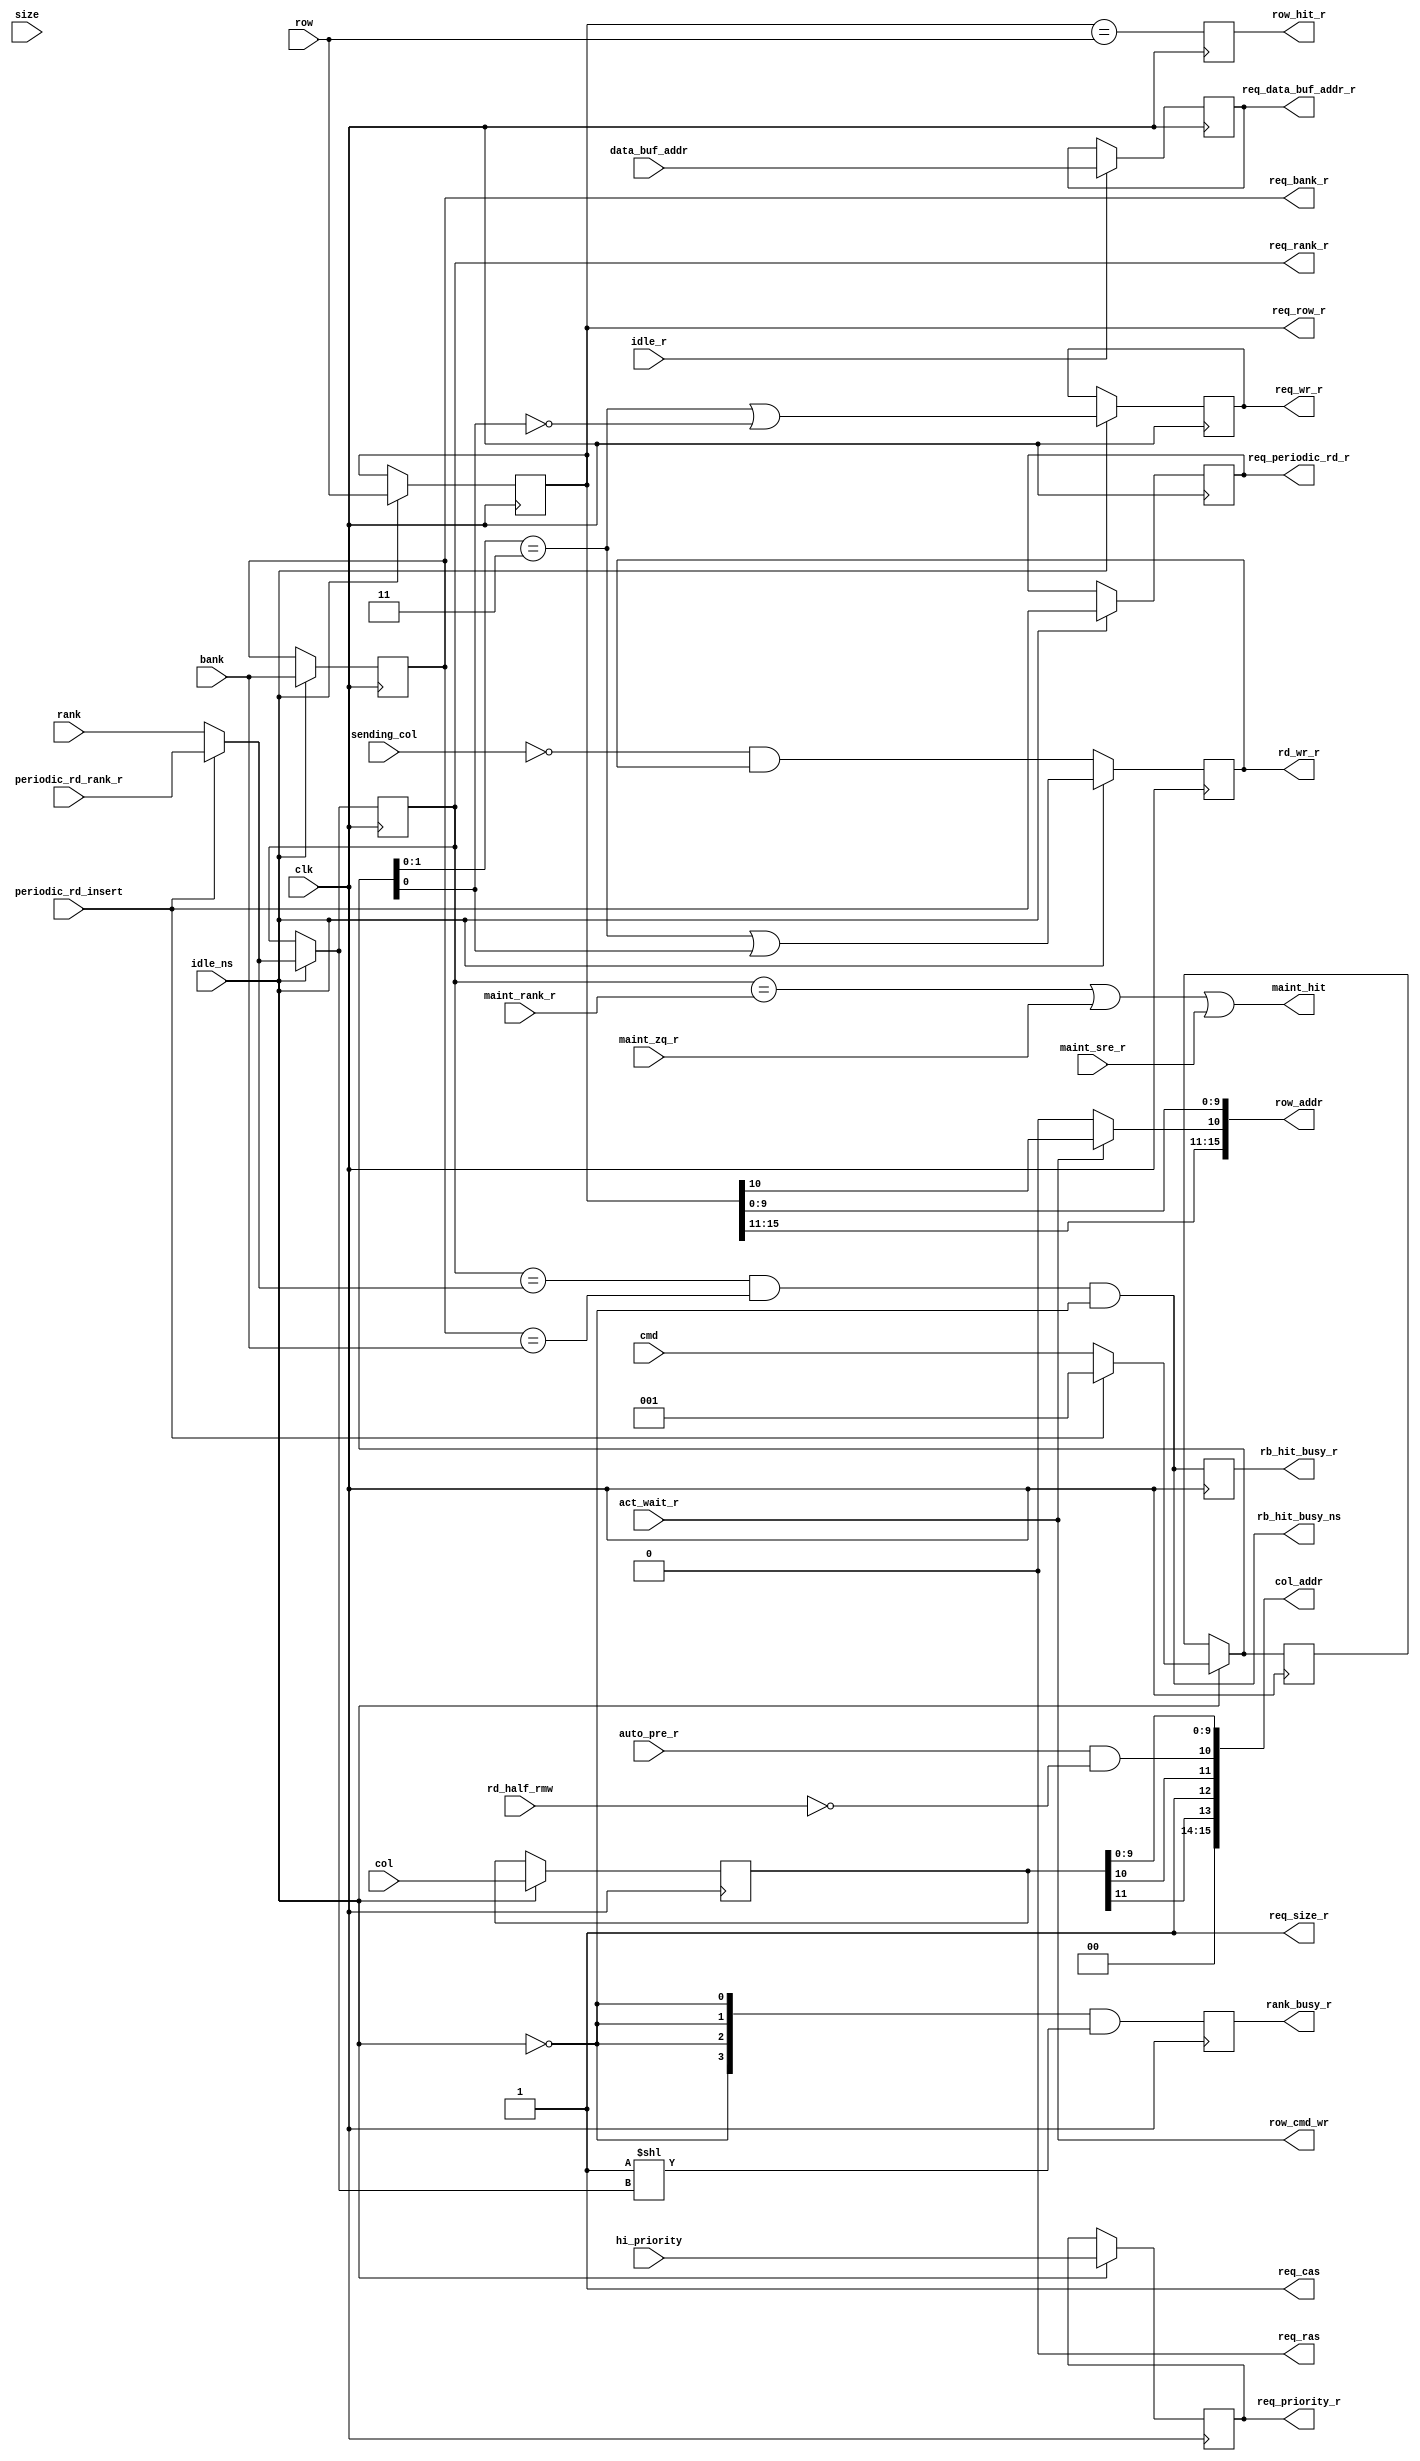
//*****************************************************************************
// (c) Copyright 2008 - 2013 Xilinx, Inc. All rights reserved.
//
// This file contains confidential and proprietary information
// of Xilinx, Inc. and is protected under U.S. and
// international copyright and other intellectual property
// laws.
//
// DISCLAIMER
// This disclaimer is not a license and does not grant any
// rights to the materials distributed herewith. Except as
// otherwise provided in a valid license issued to you by
// Xilinx, and to the maximum extent permitted by applicable
// law: (1) THESE MATERIALS ARE MADE AVAILABLE "AS IS" AND
// WITH ALL FAULTS, AND XILINX HEREBY DISCLAIMS ALL WARRANTIES
// AND CONDITIONS, EXPRESS, IMPLIED, OR STATUTORY, INCLUDING
// BUT NOT LIMITED TO WARRANTIES OF MERCHANTABILITY, NON-
// INFRINGEMENT, OR FITNESS FOR ANY PARTICULAR PURPOSE; and
// (2) Xilinx shall not be liable (whether in contract or tort,
// including negligence, or under any other theory of
// liability) for any loss or damage of any kind or nature
// related to, arising under or in connection with these
// materials, including for any direct, or any indirect,
// special, incidental, or consequential loss or damage
// (including loss of data, profits, goodwill, or any type of
// loss or damage suffered as a result of any action brought
// by a third party) even if such damage or loss was
// reasonably foreseeable or Xilinx had been advised of the
// possibility of the same.
//
// CRITICAL APPLICATIONS
// Xilinx products are not designed or intended to be fail-
// safe, or for use in any application requiring fail-safe
// performance, such as life-support or safety devices or
// systems, Class III medical devices, nuclear facilities,
// applications related to the deployment of airbags, or any
// other applications that could lead to death, personal
// injury, or severe property or environmental damage
// (individually and collectively, "Critical
// Applications"). Customer assumes the sole risk and
// liability of any use of Xilinx products in Critical
// Applications, subject only to applicable laws and
// regulations governing limitations on product liability.
//
// THIS COPYRIGHT NOTICE AND DISCLAIMER MUST BE RETAINED AS
// PART OF THIS FILE AT ALL TIMES.
//
//*****************************************************************************
//   ____  ____
//  /   /\/   /
// /___/  \  /    Vendor                : Xilinx
// \   \   \/     Version               : %version
//  \   \         Application           : MIG
//  /   /         Filename              : bank_compare.v
// /___/   /\     Date Last Modified    : $date$
// \   \  /  \    Date Created          : Tue Jun 30 2009
//  \___\/\___\
//
//Device            : 7-Series
//Design Name       : DDR3 SDRAM
//Purpose           :
//Reference         :
//Revision History  :
//*****************************************************************************

// This block stores the request for this bank machine.
//
// All possible new requests are compared against the request stored
// here.  The compare results are shared with the bank machines and
// is used to determine where to enqueue a new request.

`timescale 1ps/1ps

module mig_7series_v4_1_bank_compare #
  (parameter BANK_WIDTH               = 3,
   parameter TCQ = 100,
   parameter BURST_MODE               = "8",
   parameter COL_WIDTH                = 12,
   parameter DATA_BUF_ADDR_WIDTH      = 8,
   parameter ECC                      = "OFF",
   parameter RANK_WIDTH               = 2,
   parameter RANKS                    = 4,
   parameter ROW_WIDTH                = 16)
  (/*AUTOARG*/
  // Outputs
  req_data_buf_addr_r, req_periodic_rd_r, req_size_r, rd_wr_r,
  req_rank_r, req_bank_r, req_row_r, req_wr_r, req_priority_r,
  rb_hit_busy_r, rb_hit_busy_ns, row_hit_r, maint_hit, col_addr,
  req_ras, req_cas, row_cmd_wr, row_addr, rank_busy_r,
  // Inputs
  clk, idle_ns, idle_r, data_buf_addr, periodic_rd_insert, size, cmd,
  sending_col, rank, periodic_rd_rank_r, bank, row, col, hi_priority,
  maint_rank_r, maint_zq_r, maint_sre_r, auto_pre_r, rd_half_rmw, act_wait_r
  );

  input clk;

  input idle_ns;
  input idle_r;

  input [DATA_BUF_ADDR_WIDTH-1:0]data_buf_addr;
  output reg [DATA_BUF_ADDR_WIDTH-1:0] req_data_buf_addr_r;
  wire [DATA_BUF_ADDR_WIDTH-1:0] req_data_buf_addr_ns =
                                   idle_r
                                     ? data_buf_addr
                                     : req_data_buf_addr_r;
  always @(posedge clk) req_data_buf_addr_r <= #TCQ req_data_buf_addr_ns;

  input periodic_rd_insert;

  reg req_periodic_rd_r_lcl;
  wire req_periodic_rd_ns = idle_ns
                             ? periodic_rd_insert
                             : req_periodic_rd_r_lcl;
  always @(posedge clk) req_periodic_rd_r_lcl <= #TCQ req_periodic_rd_ns;
  output wire req_periodic_rd_r;
  assign req_periodic_rd_r = req_periodic_rd_r_lcl;

  input size;
  wire req_size_r_lcl;
  generate
    if (BURST_MODE == "4") begin : burst_mode_4
      assign req_size_r_lcl = 1'b0;
    end
    else
      if (BURST_MODE == "8") begin : burst_mode_8
        assign req_size_r_lcl = 1'b1;
      end
      else
        if (BURST_MODE == "OTF") begin : burst_mode_otf
          reg req_size;
          wire req_size_ns = idle_ns
                                 ? (periodic_rd_insert || size)
                                 : req_size;
          always @(posedge clk) req_size <= #TCQ req_size_ns;
          assign req_size_r_lcl = req_size;
        end
  endgenerate
  output wire req_size_r;
  assign req_size_r = req_size_r_lcl;



  input [2:0] cmd;
  reg [2:0] req_cmd_r;
  wire [2:0] req_cmd_ns = idle_ns
                            ? (periodic_rd_insert ? 3'b001 : cmd)
                            : req_cmd_r;
   
  always @(posedge clk) req_cmd_r <= #TCQ req_cmd_ns;

`ifdef MC_SVA
  rd_wr_only_wo_ecc: assert property
    (@(posedge clk) ((ECC != "OFF") || idle_ns || ~|req_cmd_ns[2:1]));
`endif
  
  input sending_col;
  reg rd_wr_r_lcl;
  wire rd_wr_ns = idle_ns 
                    ? ((req_cmd_ns[1:0] == 2'b11) || req_cmd_ns[0])
                    : ~sending_col && rd_wr_r_lcl;
  always @(posedge clk) rd_wr_r_lcl <= #TCQ rd_wr_ns;
  output wire rd_wr_r;
  assign rd_wr_r = rd_wr_r_lcl;

  input [RANK_WIDTH-1:0] rank;
  input [RANK_WIDTH-1:0] periodic_rd_rank_r;
  reg [RANK_WIDTH-1:0] req_rank_r_lcl = {RANK_WIDTH{1'b0}};
  reg [RANK_WIDTH-1:0] req_rank_ns = {RANK_WIDTH{1'b0}};
  generate
    if (RANKS != 1) begin
      always @(/*AS*/idle_ns or periodic_rd_insert
               or periodic_rd_rank_r or rank or req_rank_r_lcl) req_rank_ns = idle_ns
                                  ? periodic_rd_insert
                                      ? periodic_rd_rank_r
                                      : rank
                                  : req_rank_r_lcl;
      always @(posedge clk) req_rank_r_lcl <= #TCQ req_rank_ns;
    end
  endgenerate
  output wire [RANK_WIDTH-1:0] req_rank_r;
  assign req_rank_r = req_rank_r_lcl;

  input [BANK_WIDTH-1:0] bank;
  reg [BANK_WIDTH-1:0] req_bank_r_lcl;
  wire [BANK_WIDTH-1:0] req_bank_ns = idle_ns ? bank : req_bank_r_lcl;
  always @(posedge clk) req_bank_r_lcl <= #TCQ req_bank_ns;
  output wire[BANK_WIDTH-1:0] req_bank_r;
  assign req_bank_r = req_bank_r_lcl;

  input [ROW_WIDTH-1:0] row;
  reg [ROW_WIDTH-1:0] req_row_r_lcl;
  wire [ROW_WIDTH-1:0] req_row_ns = idle_ns ? row : req_row_r_lcl;
  always @(posedge clk) req_row_r_lcl <= #TCQ req_row_ns;
  output wire [ROW_WIDTH-1:0] req_row_r;
  assign req_row_r = req_row_r_lcl;

  // Make req_col_r as wide as the max row address.  This
  // makes it easier to deal with indexing different column widths.
  input [COL_WIDTH-1:0] col;
  reg [15:0] req_col_r = 16'b0;
  wire [COL_WIDTH-1:0] req_col_ns = idle_ns ? col : req_col_r[COL_WIDTH-1:0];
  always @(posedge clk) req_col_r[COL_WIDTH-1:0] <= #TCQ req_col_ns;

  reg req_wr_r_lcl;
  wire req_wr_ns = idle_ns 
                    ? ((req_cmd_ns[1:0] == 2'b11) || ~req_cmd_ns[0])
                    : req_wr_r_lcl;
  always @(posedge clk) req_wr_r_lcl <= #TCQ req_wr_ns;
  output wire req_wr_r;
  assign req_wr_r = req_wr_r_lcl;

  input hi_priority;
  output reg req_priority_r;
  wire req_priority_ns = idle_ns ? hi_priority : req_priority_r;
  always @(posedge clk) req_priority_r <= #TCQ req_priority_ns;

  wire rank_hit = (req_rank_r_lcl == (periodic_rd_insert
                                       ? periodic_rd_rank_r
                                       : rank));
  wire bank_hit = (req_bank_r_lcl == bank);
  wire rank_bank_hit = rank_hit && bank_hit;

  output reg rb_hit_busy_r;       // rank-bank hit on non idle row machine
  wire  rb_hit_busy_ns_lcl;
  assign rb_hit_busy_ns_lcl = rank_bank_hit && ~idle_ns;
  output wire  rb_hit_busy_ns;
  assign rb_hit_busy_ns = rb_hit_busy_ns_lcl;

  wire row_hit_ns = (req_row_r_lcl == row);
  output reg row_hit_r;

  always @(posedge clk) rb_hit_busy_r <= #TCQ rb_hit_busy_ns_lcl;
  always @(posedge clk) row_hit_r <= #TCQ row_hit_ns;

  input [RANK_WIDTH-1:0] maint_rank_r;
  input maint_zq_r;
  input maint_sre_r;
  output wire maint_hit;
  assign maint_hit = (req_rank_r_lcl == maint_rank_r) || maint_zq_r || maint_sre_r;

// Assemble column address.  Structure to be the same
// width as the row address.  This makes it easier
// for the downstream muxing.  Depending on the sizes
// of the row and column addresses, fill in as appropriate.
  input auto_pre_r;
  input rd_half_rmw;
  reg [15:0] col_addr_template = 16'b0;
  always @(/*AS*/auto_pre_r or rd_half_rmw or req_col_r
           or req_size_r_lcl) begin
    col_addr_template = req_col_r;
    col_addr_template[10] = auto_pre_r && ~rd_half_rmw;
    col_addr_template[11] = req_col_r[10];
    col_addr_template[12] = req_size_r_lcl;
    col_addr_template[13] = req_col_r[11];
  end
  output wire [ROW_WIDTH-1:0] col_addr;
  assign col_addr = col_addr_template[ROW_WIDTH-1:0];

  output wire req_ras;
  output wire req_cas;
  output wire row_cmd_wr;
  input act_wait_r;
  assign req_ras = 1'b0;
  assign req_cas = 1'b1;
  assign row_cmd_wr = act_wait_r;

  output reg [ROW_WIDTH-1:0] row_addr;
  always @(/*AS*/act_wait_r or req_row_r_lcl) begin
    row_addr = req_row_r_lcl;
// This causes all precharges to be precharge single bank command.
    if (~act_wait_r) row_addr[10] = 1'b0;
  end

// Indicate which, if any, rank this bank machine is busy with.
// Not registering the result would probably be more accurate, but
// would create timing issues.  This is used for refresh banking, perfect
// accuracy is not required.
  localparam ONE = 1;
  output reg [RANKS-1:0] rank_busy_r;
  wire [RANKS-1:0] rank_busy_ns = {RANKS{~idle_ns}} & (ONE[RANKS-1:0] << req_rank_ns);
  always @(posedge clk) rank_busy_r <= #TCQ rank_busy_ns;

endmodule // bank_compare